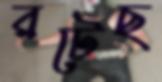
রটেছ